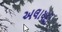
અલાયદો